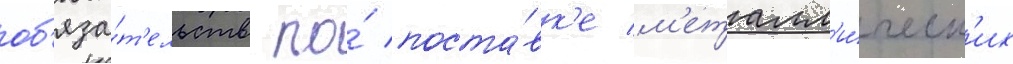
об'яза́т'ельств по́ поста́вк'е м'еталл'и́ческ'их